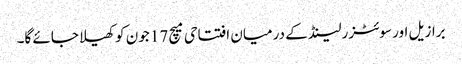
برازیل اور سوئٹزرلینڈ کے درمیان افتتاحی میچ 17 جون کو کھیلا جائے گا۔